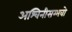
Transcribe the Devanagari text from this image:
अश्विनीसम्भवो